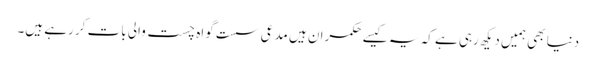
دنیا بھی ہمیں دیکھ رہی ہے کہ یہ کیسے حکمران ہیں مدعی سست گواہ چست والی بات کر رہے ہیں۔